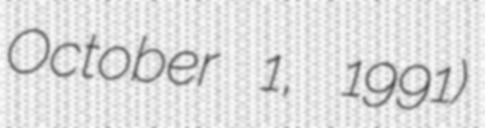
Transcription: October 1, 1991)